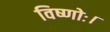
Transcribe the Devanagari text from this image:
विष्णोः।